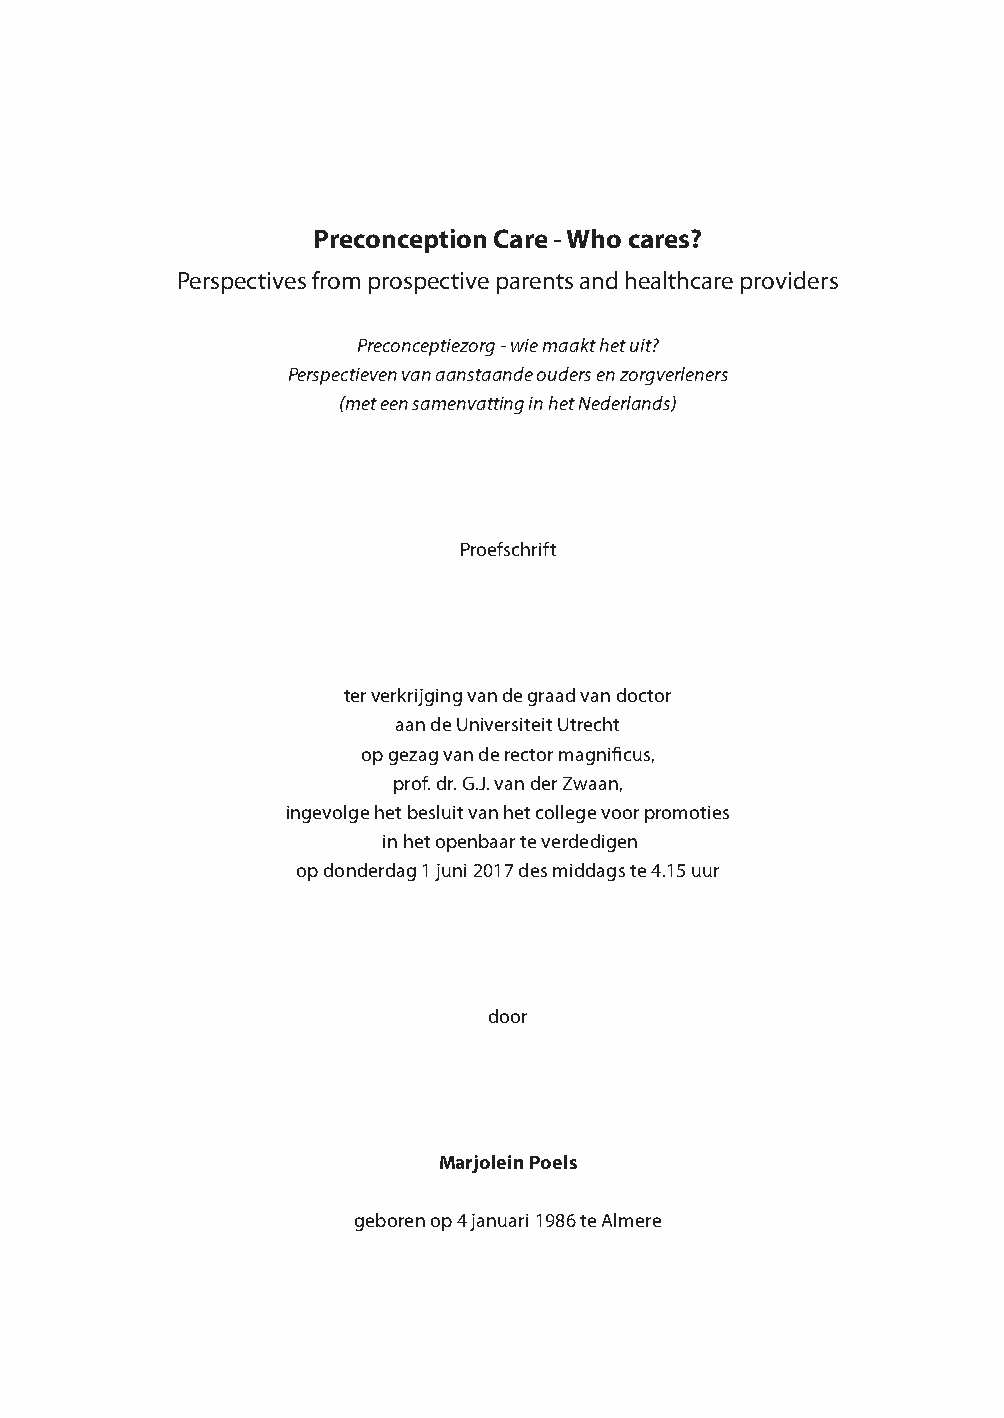
Preconception Care - Who cares?
 Perspectives from prospective parents and healthcare providers
 Preconceptiezorg - wie maakt het uit?
 Perspectieven van aanstaande ouders en zorgverleners
 (met een samenvatting in het Nederlands)
 Proefschrift
 ter verkrijging van de graad van doctor
 aan de Universiteit Utrecht
 op gezag van de rector magnificus,
 prof. dr. G.J. van der Zwaan,
 ingevolge het besluit van het college voor promoties
 in het openbaar te verdedigen
 op donderdag 1 juni 2017 des middags te 4.15 uur
 door
 Marjolein Poels
 geboren op 4 januari 1986 te Almere